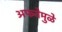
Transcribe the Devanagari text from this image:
अफवेमुळे